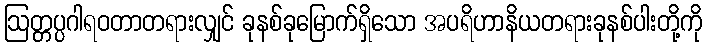
ဩတ္တပ္ပဂါရဝတာတရားလျှင် ခုနစ်ခုမြောက်ရှိသော အပရိဟာနိယတရားခုနစ်ပါးတို့ကို